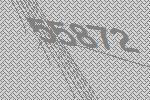
55872